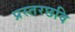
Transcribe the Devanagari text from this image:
प्रस्तरछवि